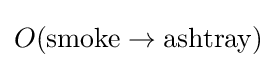
O(\mathrm {smoke} \rightarrow \mathrm {ashtray} )